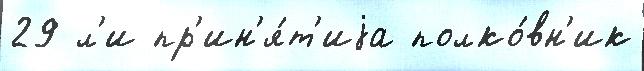
29 л'и пр'ин'я́т'иjа полко́вн'ик